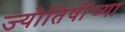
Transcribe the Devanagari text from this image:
ज्योतिषींच्या